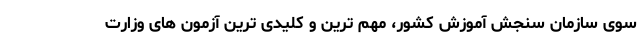
سوی سازمان سنجش آموزش کشور، مهم ترین و کلیدی ترین آزمون های وزارت